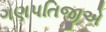
ગણપતિજીએ